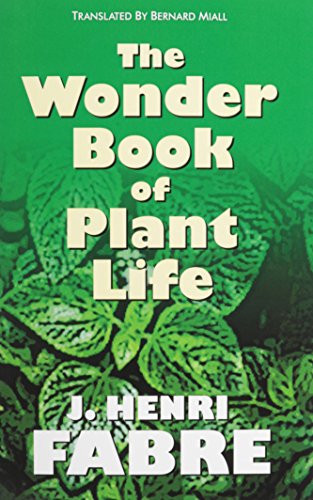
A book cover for The Wonder Book of Plant Life; J. H. Fabre; Sports & Outdoors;